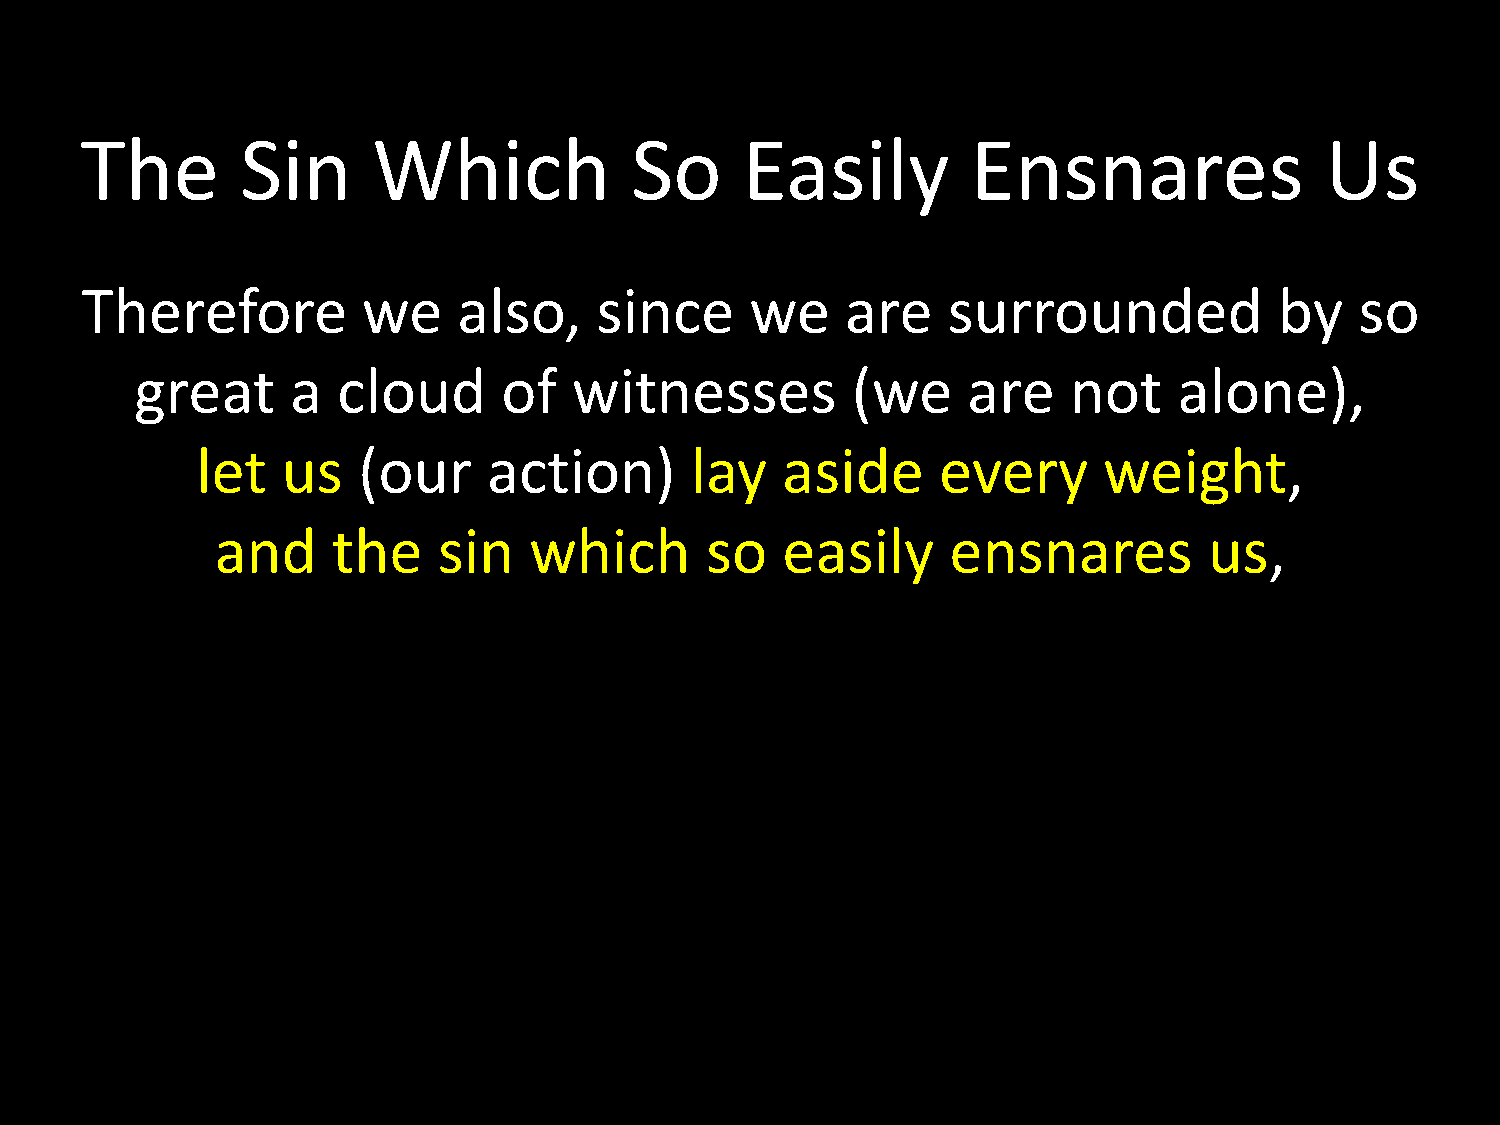
The        Sin      Which            So     Easily         Ensnares                Us
 Therefore          we    also,    since      we    are    surrounded            by   so
 great     a  cloud      of   witnesses         (we     are    not    alone),
 let   us   (our    action)       lay   aside     every      weight,
 and     the    sin   which       so   easily     ensnares         us,